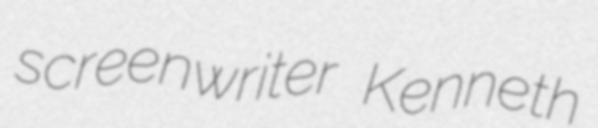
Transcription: screenwriter Kenneth